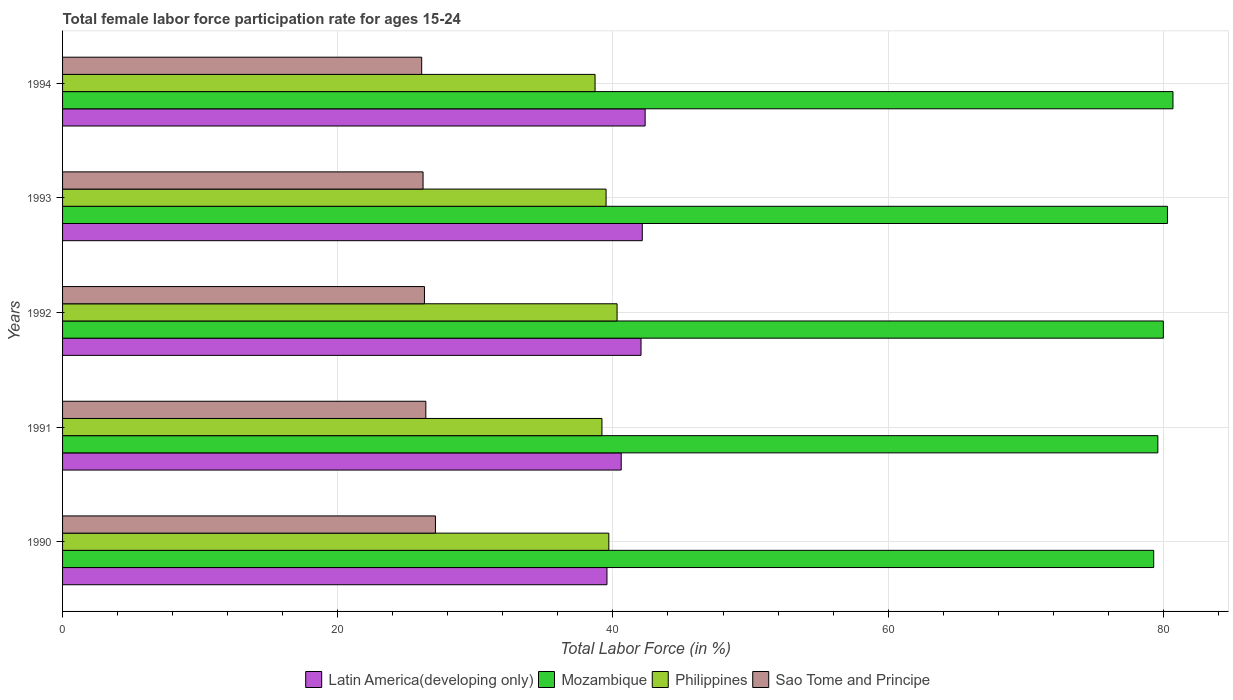
| Years | Latin America(developing only) | Mozambique | Philippines | Sao Tome and Principe |
 | --- | --- | --- | --- | --- |
 | 1990 | 39.6 | 79.3 | 39.7 | 27.1 |
 | 1991 | 40.6 | 79.6 | 39.2 | 26.4 |
 | 1992 | 42 | 80 | 40.3 | 26.3 |
 | 1993 | 42.1 | 80.3 | 39.5 | 26.2 |
 | 1994 | 42.3 | 80.7 | 38.7 | 26.1 |